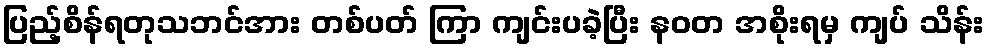
ပြည့်စိန်ရတုသဘင်အား တစ်ပတ် ကြာ ကျင်းပခဲ့ပြီး နဝတ အစိုးရမှ ကျပ် သိန်း